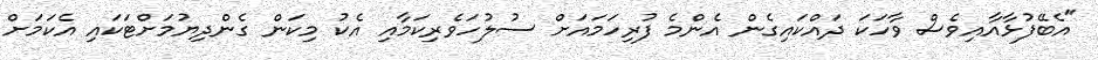
"އެބޭފުޅާއާއިވެސް ވާހަކަ ދައްކައިގެން އެންމެ ފުރިހަމައަށް ސުލުހަވެރިކަމާއި އެކު މިކަން ގެންދިޔުމަށްޓަކައި އެކަމަށް